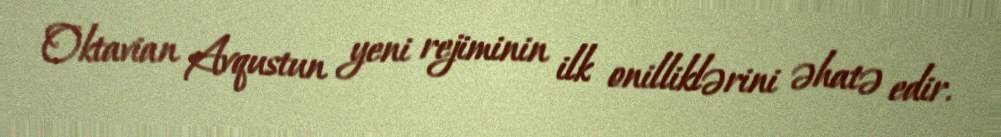
Oktavian Avqustun yeni rejiminin ilk onilliklərini əhatə edir.